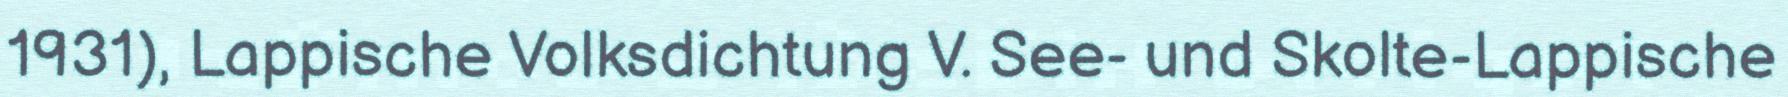
1931), Lappische Volksdichtung V. See- und Skolte-Lappische